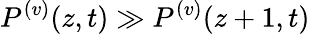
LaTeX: P^{(v)}(z,t)\gg P^{(v)}(z+1,t)